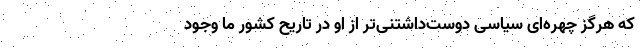
که هرگز چهره‌ای سیاسی دوست‌داشتنی‌تر از او در تاریح کشور ما وجود